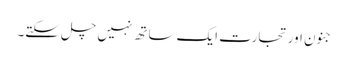
جنون اورتجارت ایک ساتھ نہیں چل سکتے۔